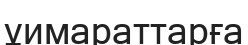
ұимараттарға